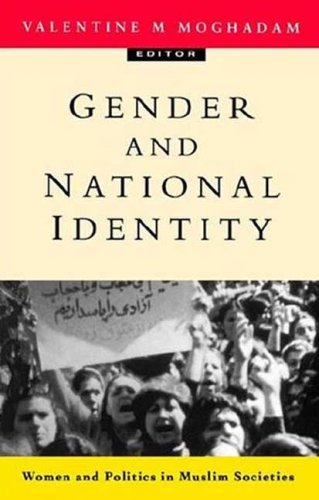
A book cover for Gender and National Identity: Women and Politics in Muslim Societies; Valentine M Moghadam; Gay & Lesbian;